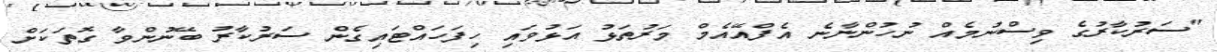
"ސަރުކާރުގެ ވިސްނުމެއް ނުހުންނާނެ އެފްއޭއެމް މަރުތަޅު އަޅުވައި ހިފަހައްޓައިގެން ސަރުކާރު ބޭނުންވާ ގޮތަކަށް